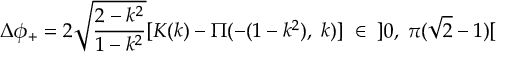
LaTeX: \Delta \phi _ { + } = 2 \sqrt { \frac { 2 - k ^ { 2 } } { 1 - k ^ { 2 } } } [ K ( k ) - \Pi ( - ( 1 - k ^ { 2 } ) , \; k ) ] \; \in \; \; ] 0 , \; \pi ( \sqrt { 2 } - 1 ) [